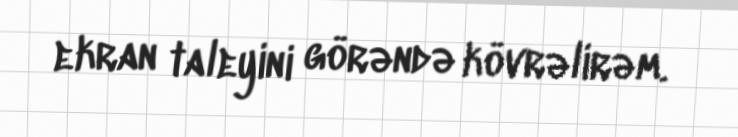
ekran taleyini görəndə kövrəlirəm.